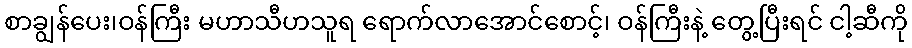
စာချွန်ပေး၊ဝန်ကြီး မဟာသီဟသူရ ရောက်လာအောင်စောင့်၊ ဝန်ကြီးနဲ့ တွေ့ပြီးရင် ငါ့ဆီကို